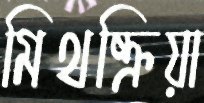
মিথষ্ক্রিয়া